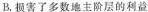
B.损害了多数地主阶层的利益